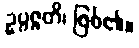
ဥပ္ပဇ္ဇတိ၊ ဖြစ်၏။